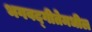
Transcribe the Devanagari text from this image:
भगवद्‍गीतेमधील